Annual report of the Bengal Veterinary College and of the Civil Veterinary Department, Bengal, for the year 1899-1900 - 1899-1900
Year: 1899
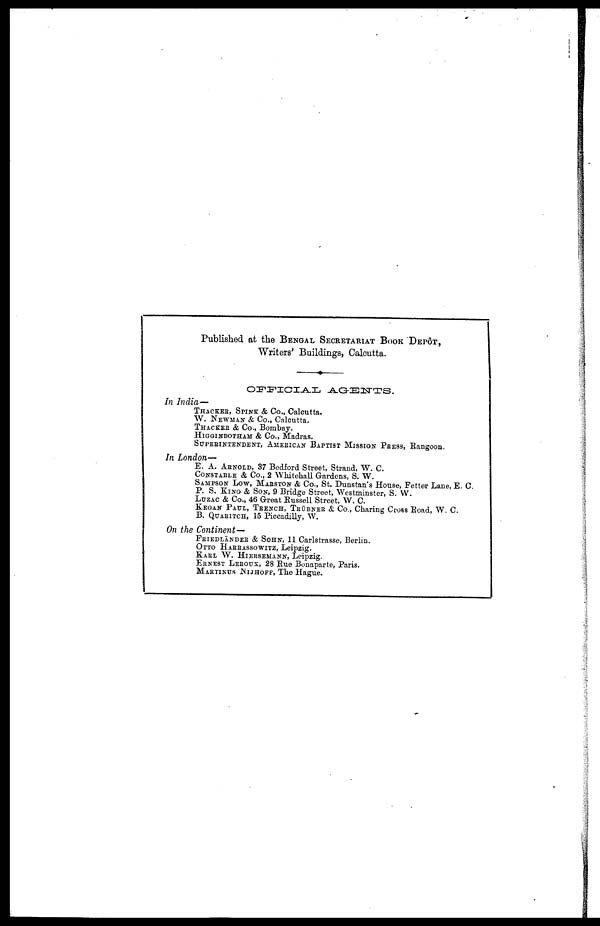
Published at the BENGAL SECRETARIAT BOOK DEPÔT, Writers' Buildings, Calcutta.
OFFICIAL AGENTS.
In India—
THACKER, SPINK & Co., Calcutta.
W. NEWMAN & Co., Calcutta.
THACKER & Co., Bombay.
HIGGINBOTHAM & Co., Madras.
SUPERINTENDENT, AMERICAN BAPTIST MISSION PRESS, Rangoon.
In London—
E. A. ARNOLD, 37 Bedford Street, Strand, W. C.
CONSTABLE & Co., 2 Whitehall Gardens, S. W.
SAMPSON LOW, MARSTON & Co., St. Dunstan's House, Fetter Lane, E. C.
P. S. KING & SON, 9 Bridge Street, Westminster, S. W.
LUZAC & Co., 46 Great Russell Street, W. C.
KEGAN PAUL, TRENCH, TRÜBNER & Co., Charing Cross Road, W. C.
B. QUARITCH, 15 Piccadilly, W.
On the Continent—
FRIEDLÄNDER & SOHN, 11 Carlstrasse, Berlin.
OTTO HARRASSOWITZ, Leipzig.
KARL W. HIERSEMANN, Leipzig.
ERNEST LEROUX, 28 Rue Bonaparte, Paris.
MARTINUS NIJHOFF, The Hague.